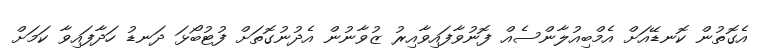
އެގޮތުން ކޮނޑޭއަށް އެމްބިއުލާންސެއް ފޮނުވާފައިވާއިރު ޒުވާނުން އެދުނުގޮތަށް ފުޓުބޯޅަ ދަނޑު ހަދާފައިވާ ކަމަށް